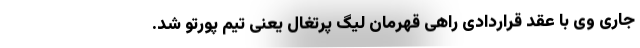
جاری وی با عقد قراردادی راهی قهرمان لیگ پرتغال یعنی تیم پورتو شد.